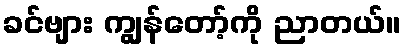
ခင်ဗျား ကျွန်တော့်ကို ညာတယ်။